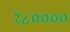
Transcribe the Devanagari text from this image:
१८००००